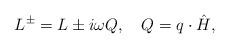
LaTeX: \begin{align*}L^{\pm}=L\pm i\omega Q, \quad Q=q\cdot\hat{H},\end{align*}